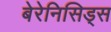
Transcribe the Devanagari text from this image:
बेरेनिसिड्स